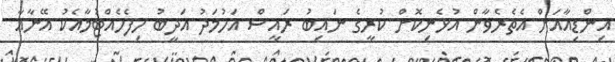
އިންޑިއާއަށް އެތެރެވާން އުޅެނިކޮށް ކުރީގެ ނައިބު ރައީސް އަހުމަދު އަދީބު ހިފެހެއްޓުމާއެކު އޭނާއާ